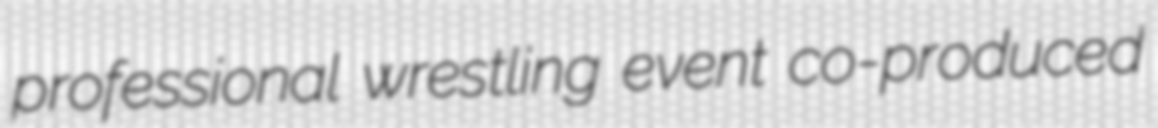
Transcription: professional wrestling event co-produced